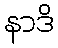
နာဒိ